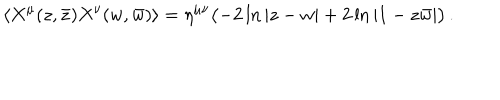
LaTeX: \langle X ^ { \mu } ( z , \bar { z } ) X ^ { \nu } ( w , \bar { w } ) \rangle = \eta ^ { \mu \nu } \bigl ( - 2 \ln | z - w | + 2 \ln | 1 - z \bar { w } | \bigr ) \, .